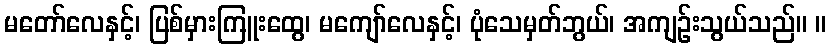
မတော်လေနှင့်၊ ပြစ်မှားကြူးထွေ၊ မကျော်လေနှင့်၊ ပုံသေမှတ်ဘွယ်၊ အကျဉ်းသွယ်သည်။ ။